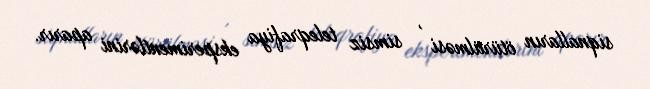
siqnalların ötürülməsi , simsiz teleqrafiya eksperimentlərini aparır.